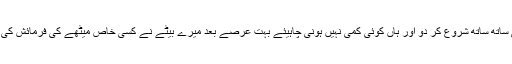
ابھی ساتھ ساتھ شروع کر دو اور ہاں کوئی کمی نہیں ہونی چاہیئے بہت عرصے بعد میرے بیٹے نے کسی خاص میٹھے کی فرمائش کی ہے۔